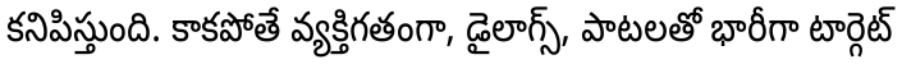
కనిపిస్తుంది. కాకపోతే వ్యక్తిగతంగా, డైలాగ్స్, పాటలతో భారీగా టార్గెట్